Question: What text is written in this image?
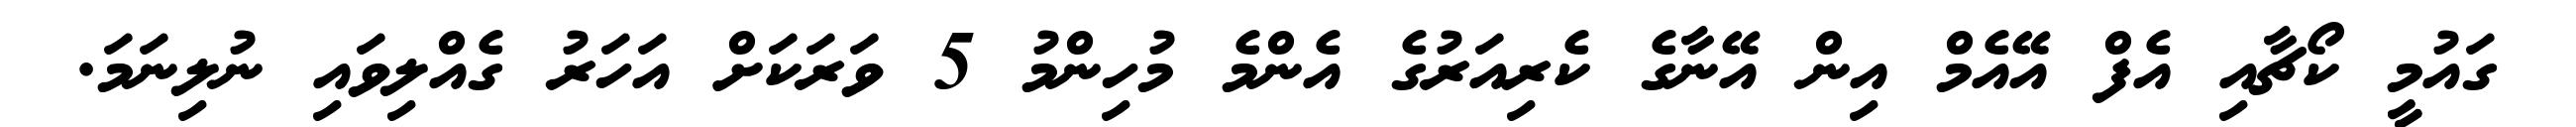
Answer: ގައުމީ ކޯޗާއި އެފް އޭއެމް އިން އޭނާގެ ކެރިއަރުގެ އެންމެ މުހިންމު 5 ވަރަކަށް އަހަރު ގެއްލިވައި ނުލިނަމަ.